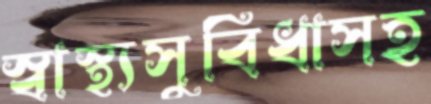
স্বাস্থ্যসুবিধাসহ